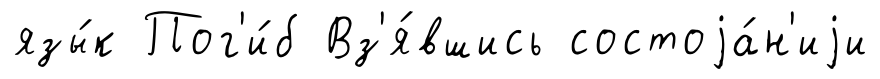
язы́к Пог'и́б Вз'я́вшись состоjа́н'иjи